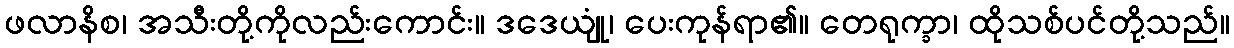
ဖလာနိစ၊ အသီးတို့ကိုလည်းကောင်း။ ဒဒေယျုံ၊ ပေးကုန်ရာ၏။ တေရုက္ခာ၊ ထိုသစ်ပင်တို့သည်။